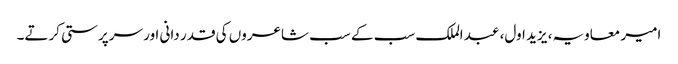
امیر معاویہ، یزید اول، عبد الملک سب کے سب شاعروں کی قدر دانی اور سرپرستی کرتے۔